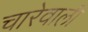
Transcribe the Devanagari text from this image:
चारेवाली